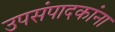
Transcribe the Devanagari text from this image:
उपसंपादकांना